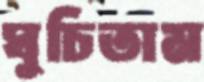
ঘুচিতাম